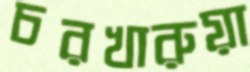
চরখারুয়া